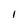
Character: I